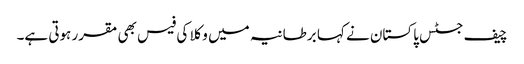
چیف جسٹس پاکستان نے کہا برطانیہ میں وکلا کی فیس بھی مقرر ہوتی ہے۔